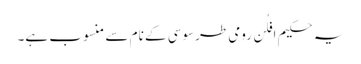
یہ حکیم افلُن رومی طرسوسی کے نام سے منسوب ہے۔